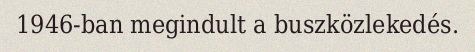
1946-ban megindult a buszközlekedés.